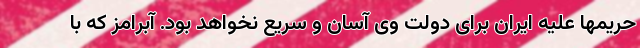
حریمها علیه ایران برای دولت وی آسان و سریع نخواهد بود. آبرامز که با